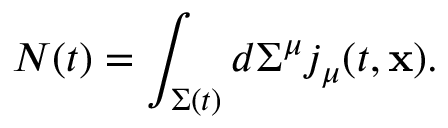
N ( t ) = \int _ { \Sigma ( t ) } d \Sigma ^ { \mu } j _ { \mu } ( t , { \bf x } ) .